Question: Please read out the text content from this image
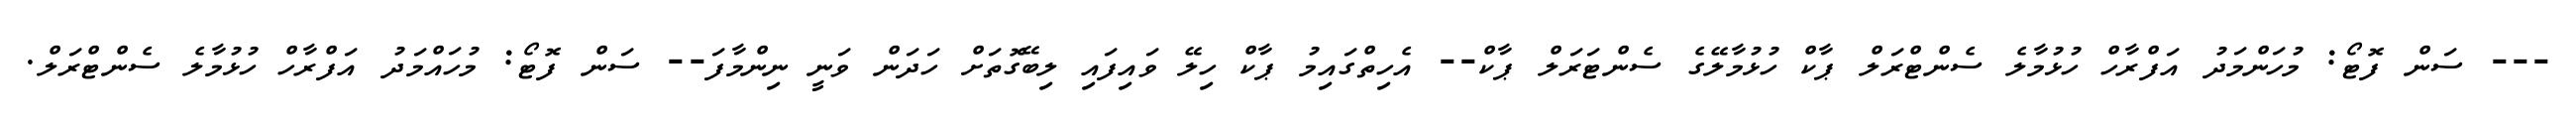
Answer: --- ސަން ފޮޓޯ: މުހަންމަދު އަފްރާހް ހުޅުމާލެ ސެންޓްރަލް ޕާކް ހުޅުމާލޭގެ ސެންޓަރަލް ޕާކް-- އެހިތްގައިމު ޕާކް ހިލޭ ވައިފައި ލިބޭގޮތަށް ހަދަން ވަނީ ނިންމާފަ-- ސަން ފޮޓޯ: މުހައްމަދު އަފްރާހް ހުޅުމާލެ ސެންޓްރަލް.